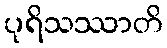
ပုရိသဿာတိ